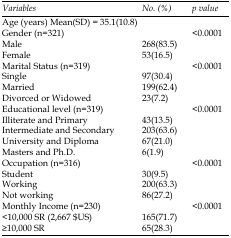
<table><thead><tr><td><b>Variables</b></td><td><b>No. (%)</b></td><td><b>p value</b></td></tr></thead><tbody><tr><td>Age (years) Mean(SD) = 35.1(10.8)</td><td></td><td></td></tr><tr><td>Gender (n=321)</td><td></td><td rowspan="3">&lt;0.0001</td></tr><tr><td>Male </td><td>268(83.5)</td></tr><tr><td>Female</td><td>53(16.5)</td></tr><tr><td>Marital Status (n=319)</td><td></td><td rowspan="4">&lt;0.0001</td></tr><tr><td>Single</td><td>97(30.4)</td></tr><tr><td>Married</td><td>199(62.4)</td></tr><tr><td>Divorced or Widowed</td><td>23(7.2)</td></tr><tr><td>Educational level (n=319)</td><td></td><td rowspan="5">&lt;0.0001</td></tr><tr><td>Illiterate and Primary</td><td>43(13.5)</td></tr><tr><td>Intermediate and Secondary</td><td>203(63.6)</td></tr><tr><td>University and Diploma</td><td>67(21.0)</td></tr><tr><td>Masters and Ph.D.</td><td>6(1.9)</td></tr><tr><td>Occupation (n=316)</td><td></td><td rowspan="4">&lt;0.0001</td></tr><tr><td>Student</td><td>30(9.5)</td></tr><tr><td>Working</td><td>200(63.3)</td></tr><tr><td>Not working</td><td>86(27.2)</td></tr><tr><td>Monthly Income (n=230)</td><td></td><td rowspan="3">&lt;0.0001</td></tr><tr><td>&lt;10,000 SR (2,667 $US)</td><td>165(71.7)</td></tr><tr><td>≥10,000 SR</td><td>65(28.3)</td></tr></tbody></table>